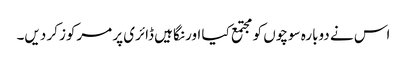
اس نے دوبارہ سوچوں کو مجتمع کیا اور نگاہیں ڈائری پر مرکوز کر دیں۔